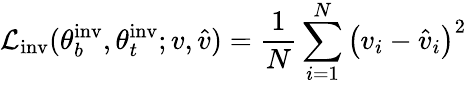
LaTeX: \mathcal{L}_{\mathrm{{inv}}}(\theta_{b}^{\mathrm{{inv}}},\theta_{t}^{\mathrm{{inv}}};v,\hat{v})=\frac{1}{N}\sum_{i=1}^{N}\left(v_{i}-\hat{v}_{i}\right)^{2}